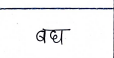
मजकूर: बघ